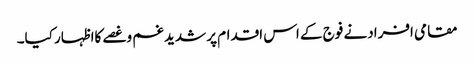
مقامی افرادنے فوج کے اس اقدام پر شدیدغم وغصے کااظہار کیا۔